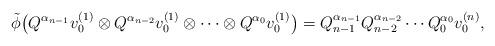
LaTeX: \begin{gather*}\tilde \phi\big(Q^{\alpha_{n-1}}v_{0}^{(1)}\otimes Q^{\alpha_{n-2}}v_{0}^{(1)}\otimes\cdots\otimes Q^{\alpha_{0}}v_{0}^{(1)}\big)=Q_{n-1}^{\alpha_{n-1}}Q_{n-2}^{\alpha_{n-2}}\cdots Q_{0}^{\alpha_{0}}v_{0}^{(n)},\end{gather*}